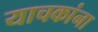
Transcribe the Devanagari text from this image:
याचकांना